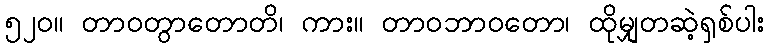
၅၂၀။ တာဝတွာတောတိ၊ ကား။ တာဝဘာဝတော၊ ထိုမျှတဆဲ့ရှစ်ပါး